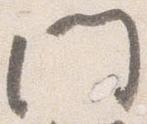
門